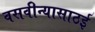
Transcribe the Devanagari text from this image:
वसवीन्यासाठई